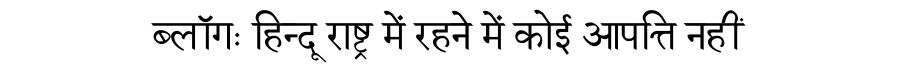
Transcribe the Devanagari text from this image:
ब्लॉगः हिन्दू राष्ट्र में रहने में कोई आपत्ति नहीं